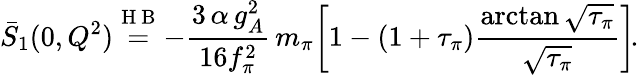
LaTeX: \bar{S}_{1}(0,Q^{2})\! \stackrel{\mathrm{~H~B~}}{=}\! -\frac{3\, \alpha\, g_{A}^{2}}{16f_{\pi}^{2}}\, m_{\pi}\! \left[1-(1+\tau_{\pi})\frac{\arctan\sqrt{\tau_{\pi}}}{\sqrt{\tau_{\pi}}}\right]\! .